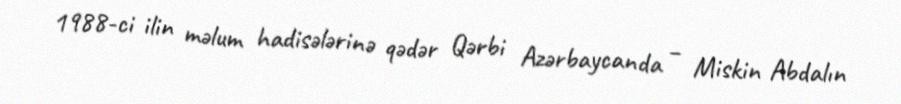
1988-ci ilin məlum hadisələrinə qədər Qərbi Azərbaycanda – Miskin Abdalın